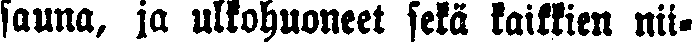
sauna, ja ulkohuoneet sekä kaikkien nii-